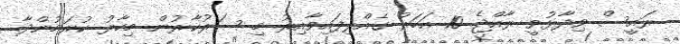
ރައީސް ވިދާޅުވީ ރާއްޖެ 10 އަހަރު ގެއްލިފައިވާއިރު މި ސަރުކާރުން މިހާރު ކުރަމުންދާ